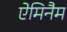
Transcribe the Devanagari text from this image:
ऐमिनैम